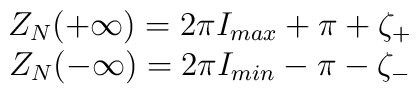
\begin{array}{c}Z_{N}(+\infty )=2\pi I_{max}+\pi +\zeta _{+}\\Z_{N}(-\infty )=2\pi I_{min}-\pi -\zeta _{-}\end{array}